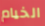
الخيام